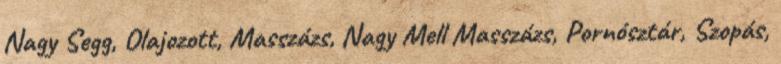
Nagy Segg, Olajozott, Masszázs, Nagy Mell Masszázs, Pornósztár, Szopás,